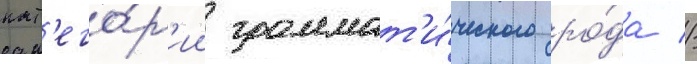
кат'его́р'ии граммат'и́ческого ро́да //